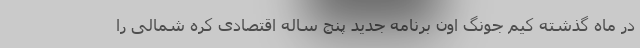
در ماه گذشته کیم جونگ اون برنامه جدید پنج ساله اقتصادی کره شمالی را